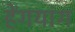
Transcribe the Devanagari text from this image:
हेंगयांग